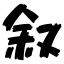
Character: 叙